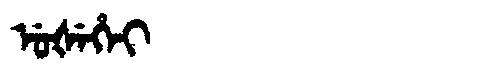
Manchu: ᡠᡧᡝᡥᡝᡳ
Romanization: UŠEHEI